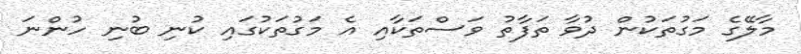
މާލޭގެ މަގުތަކުން ދުވާ ތަފާތު ވަސްތަކާއި އެ މަގުތަކުގައި ކުނި ބުނި ހުންނަ